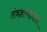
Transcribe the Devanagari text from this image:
तंत्रज्ञानानंतर